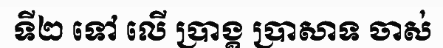
ទី២ ទៅ លើ ប្រាង្គ ប្រាសាទ ចាស់